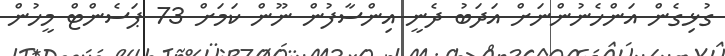
ގުޅިގެން އަންހެނުންނަށް އަދަބު ދެނީ އިންސާފުން ނޫން ކަމަށް 73 ޕަސެންޓް މީހުން